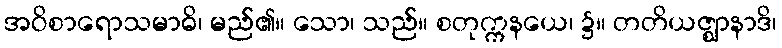
အဝိစာရောသမာဓိ၊ မည်၏။ သော၊ သည်။ စတုက္ကနယေ၊ ၌။ တတိယဇ္ဈာနာဒိ၊